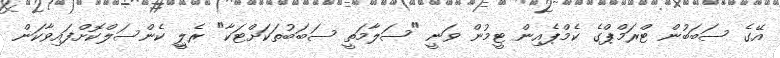
އޭގެ ސަބަބުން ޓްރަމްޕްގެ ކެމްޕެއިން ޓީމުން ވަނީ "ސަލާމަތީ ސަބަބުތަކަށްޓަކާ" ރެލީި ކެންސަލްކޮށްފައިވާކަން